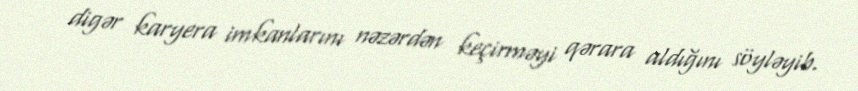
digər karyera imkanlarını nəzərdən keçirməyi qərara aldığını söyləyib.